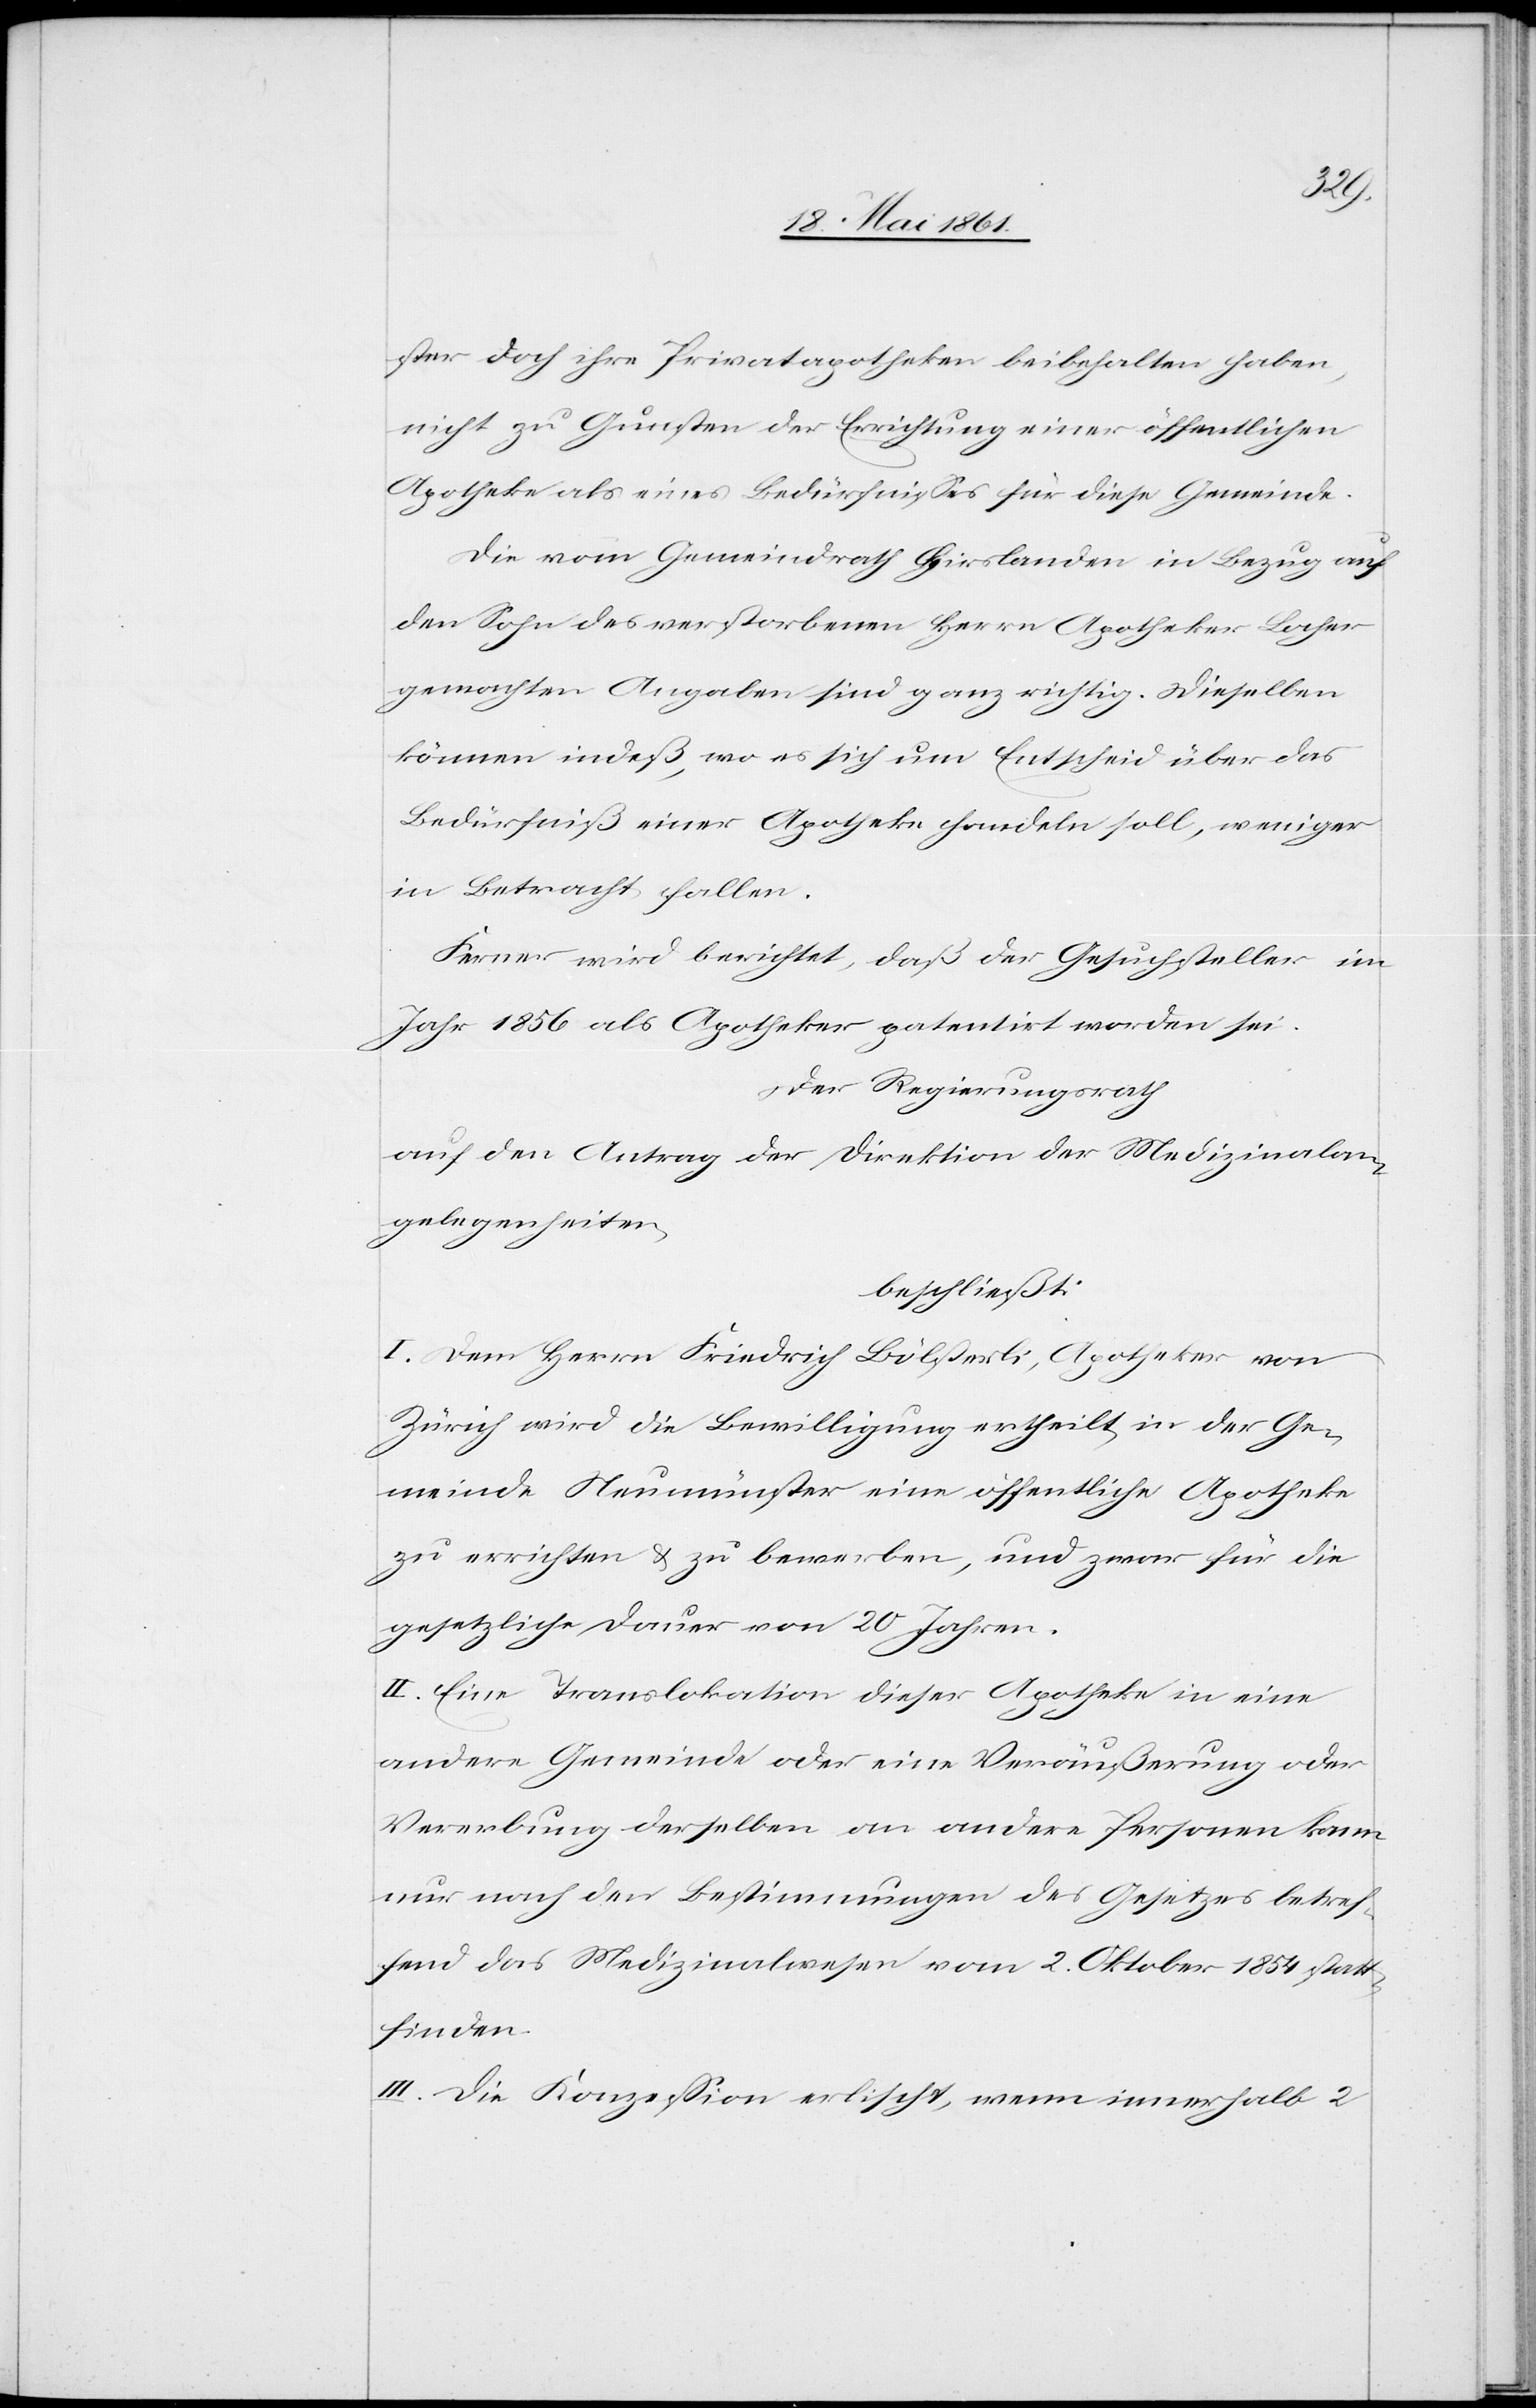
ster doch ihre Privatapotheken beibehalten haben,
nicht zu Gunsten der Errichtung einer öffentlichen
Apotheke als eines Bedürfnisses für diese Gemeinde.
Die vom Gemeindrath Hirslanden in Bezug auf
den Sohn des verstorbenen Herrn Apotheker Locher
gemachten Angaben sind ganz richtig. Dieselben
können indeß, wo es sich um Entscheid über das
Bedürfniß einer Apotheke handeln soll, weniger
in Betracht fallen.
Ferner wird berichtet, daß der Gesuchsteller im
Jahr 1856 als Apotheker patentirt worden sei.
Der Regierungsrath
auf den Antrag der Direktion der Medizinalan¬
gelegenheiten,
beschließt:
I. Dem Herrn Friedrich Bölsterli, Apotheker von
Zürich wird die Bewilligung ertheilt, in der Ge¬
meinde Neumünster eine öffentliche Apotheke
zu errichten u. zu bewerben, und zwar für die
gesetzliche Dauer von 20 Jahren.
II. Eine Translokation dieser Apotheke in eine
andere Gemeinde oder eine Veräußerung oder
Vererbung derselben an andere Personen kann
nur nach den Bestimmungen des Gesetzes betref¬
fend das Medizinalwesen vom 2. Oktober 1854 statt¬
finden.
III. Die Konzession erlischt, wenn innerhalb 2